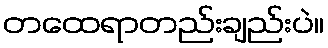
တထေရာတည်းချည်းပဲ။